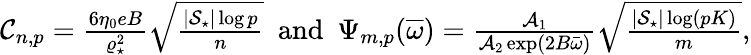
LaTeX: \begin{array}{r}{\mathcal{C}_{n,p}=\frac{6\eta_{0}eB}{\varrho_{\star}^{2}}\sqrt{\frac{|{\cal S}_{\star}|\log p}{n}}\enspace\mathrm{and}\enspace\Psi_{m,p}(\overline{{\omega}})=\frac{{\cal A}_{1}}{{\cal A}_{2}\exp(2B\bar{\omega})}\sqrt{\frac{|{\cal S}_{\star}|\log(pK)}{m}},}\end{array}